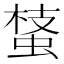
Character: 𧌔